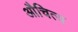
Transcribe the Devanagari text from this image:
औचित्‍य